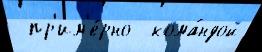
 пр'им'е́рно  кома́ндой